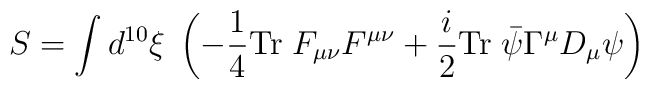
S =\int d^{10}\xi \; \left( -\frac{1}{4} {\rm Tr}\; F_{\mu \nu}F^{\mu \nu}+\frac{i}{2}  {\rm Tr}\; \bar{\psi} \Gamma^\mu D_{\mu} \psi \right)